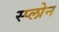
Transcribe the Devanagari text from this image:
स्प्लोन